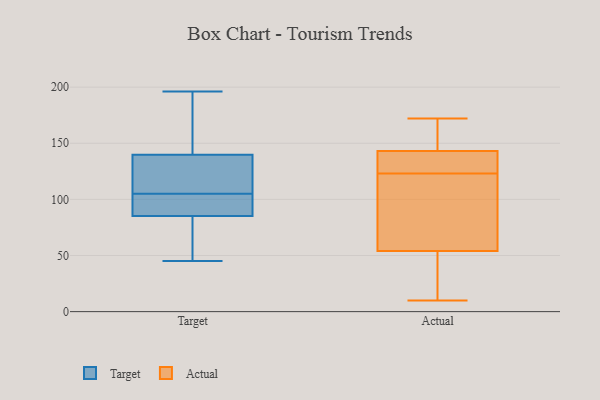
{"axis": {"x": "Shipments", "y": "Value"}, "legend": ["Actual", "Target"], "data": [{"x": "", "y": 135, "type": "Target"}, {"x": "", "y": 45, "type": "Target"}, {"x": "", "y": 196, "type": "Target"}, {"x": "", "y": 178, "type": "Target"}, {"x": "", "y": 73, "type": "Target"}, {"x": "", "y": 124, "type": "Target"}, {"x": "", "y": 154, "type": "Target"}, {"x": "", "y": 77, "type": "Target"}, {"x": "", "y": 105, "type": "Target"}, {"x": "", "y": 132, "type": "Target"}, {"x": "", "y": 88, "type": "Target"}, {"x": "", "y": 49, "type": "Target"}, {"x": "", "y": 99, "type": "Target"}, {"x": "", "y": 102, "type": "Target"}, {"x": "", "y": 131, "type": "Target"}, {"x": "", "y": 175, "type": "Target"}, {"x": "", "y": 89, "type": "Target"}, {"x": "", "y": 137, "type": "Actual"}, {"x": "", "y": 71, "type": "Actual"}, {"x": "", "y": 143, "type": "Actual"}, {"x": "", "y": 42, "type": "Actual"}, {"x": "", "y": 145, "type": "Actual"}, {"x": "", "y": 10, "type": "Actual"}, {"x": "", "y": 55, "type": "Actual"}, {"x": "", "y": 155, "type": "Actual"}, {"x": "", "y": 18, "type": "Actual"}, {"x": "", "y": 130, "type": "Actual"}, {"x": "", "y": 116, "type": "Actual"}, {"x": "", "y": 54, "type": "Actual"}, {"x": "", "y": 172, "type": "Actual"}, {"x": "", "y": 133, "type": "Actual"}]}